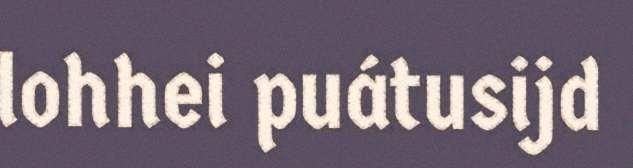
lohhei puátusijd